Civil Veterinary Dept. Assam report 1927-50 - 1927-1950
Year: 1927
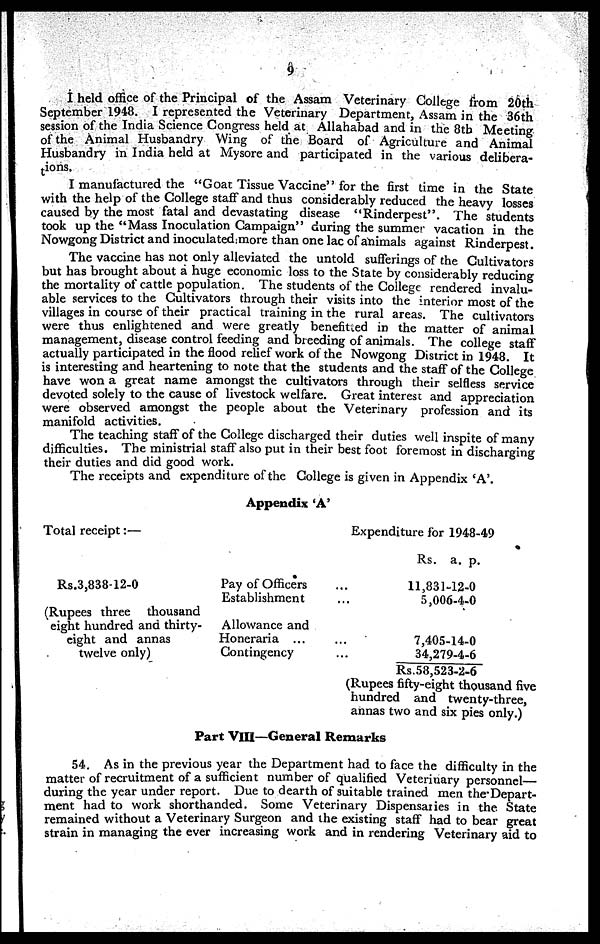
9
I held office of the Principal of the Assam Veterinary College from 20th
September 1948. I represented the Veterinary Department, Assam in the 36th
session of the India Science Congress held at Allahabad and in the 8tb Meeting
of the Animal Husbandry Wing of the Board of Agriculture and Animal
Husbandry in India held at Mysore and participated in the various delibera-
ions.
I manufactured the "Goat Tissue Vaccine" for the first time in the State
with the help of the College staff and thus considerably reduced the heavy losses
caused by the most fatal and devastating disease "Rinderpest". The students
took up the "Mass Inoculation Campaign" during the summer vacation in the
Nowgong District and inoculated more than one lac of animals against Rinderpest.
The vaccine has not only alleviated the untold sufferings of the Cultivators
but has brought about a huge economic loss to the State by considerably reducing
the mortality of cattle population. The students of the College rendered invalu-
able services to the Cultivators through their visits into the interior most of the
villages in course of their practical training in the rural areas. The cultivators
were thus enlightened and were greatly benefitted in the matter of animal
management, disease control feeding and breeding of animals. The college staff
actually participated in the flood relief work of the Nowgong District in 1948. It
is interesting and heartening to note that the students and the staff of the College
have won a great name amongst the cultivators through their selfless service
devoted solely to the cause of livestock welfare. Great interest and appreciation
were observed amongst the people about the Veterinary profession and its
manifold activities.
The teaching staff of the College discharged their duties well inspite of many
difficulties. The ministrial staff also put in their best foot foremost in discharging
their duties and did good work.
The receipts and expenditure of the College is given in Appendix 'A'.
Appendix 'A'
Total receipt:—
Rs.3,838-12-0
(Rupees three thousand
eight hundred and thirty-
eight and annas
twelve only)
Pay of Officers
Establishment
Allowance and
Honeraria ...
Contingency
Expenditure for 1948-49
Rs. a. p.
... 11,831-12-0
... 5,006-4-0
... 7 ,405-14-0
... 34,279-4-6
Rs.58,523-2-6
(Rupees fifty-eight thousand five
hundred and twenty-three,
annas two and six pies only.)
Part VIII—General Remarks
54. As in the previous year the Department had to face the difficulty in the
matter of recruitment of a sufficient number of qualified Veterinary personnel
during the year under report. Due to dearth of suitable trained men the Depart-
ment had to work shorthanded. Some Veterinary Dispensaries in the State
remained without a Veterinary Surgeon and the existing staff had to bear great
strain in managing the ever increasing work and in rendering Veterinary aid to